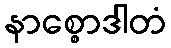
နာစ္စောဒါတံ